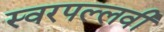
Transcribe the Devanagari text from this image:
स्वरपल्लवी